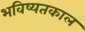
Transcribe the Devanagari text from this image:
भविष्यतकाल